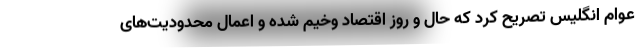
عوام انگلیس تصریح کرد که حال و روز اقتصاد وخیم شده و اعمال محدودیت‌های